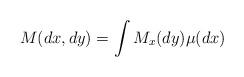
LaTeX: \begin{align*} M(dx,dy) = \int M_x(dy)\mu(dx) \end{align*}